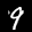
Label: 9